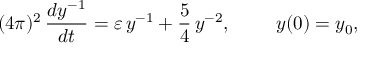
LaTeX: ( 4 \pi ) ^ { 2 } \, \frac { d y ^ { - 1 } } { d t } = \varepsilon \, y ^ { - 1 } + \frac { 5 } { 4 } \, y ^ { - 2 } , \, \, \, \, \, \, \, \, \, \, \, \, \, \, y ( 0 ) = y _ { 0 } ,